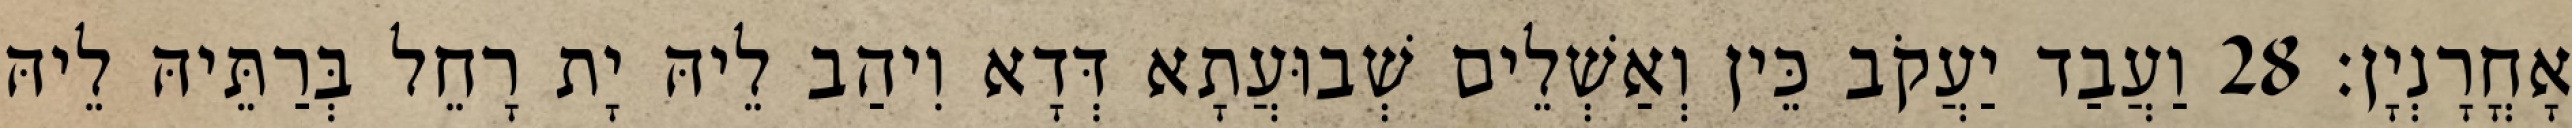
אָחֳרָנְיָן׃ 28 וַעֲבַד יַעֲקֹב כֵּין וְאַשְׁלֵים שְׁבוּעֲתָא דְּדָא וִיהַב לֵיהּ יָת רָחֵל בְּרַתֵּיהּ לֵיהּ